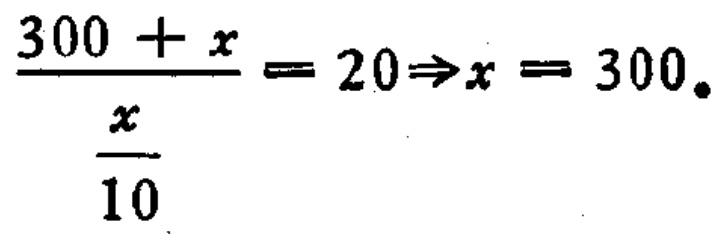
\(\frac{300 + x}{\frac{x}{10}} = 20\Rightarrow x = 300\)